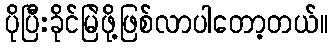
ပိုပြီးခိုင်မြဲဖို့ဖြစ်လာပါတော့တယ်။